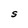
Character: S